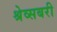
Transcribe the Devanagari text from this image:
श्रेव्सबरी